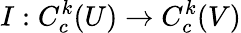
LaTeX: I:C_{c}^{k}(U)\to C_{c}^{k}(V)